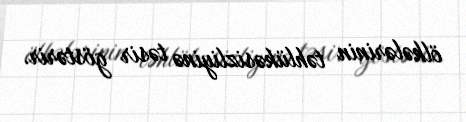
ölkələrinin təhlükəsizliyinə təsir göstərir.